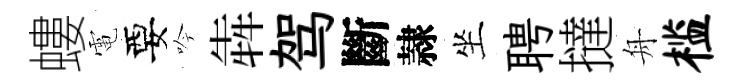
螻電要吟犇驾斷隷坐聘撻舟槛